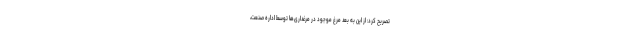
تصریح کرد: از این به بعد مرغ موجود در مرغداری‌ها توسط اداره صنعت،